Indian journal of veterinary science and animal husbandry - Volumes 28-29, 1958-1959
Year: 1958
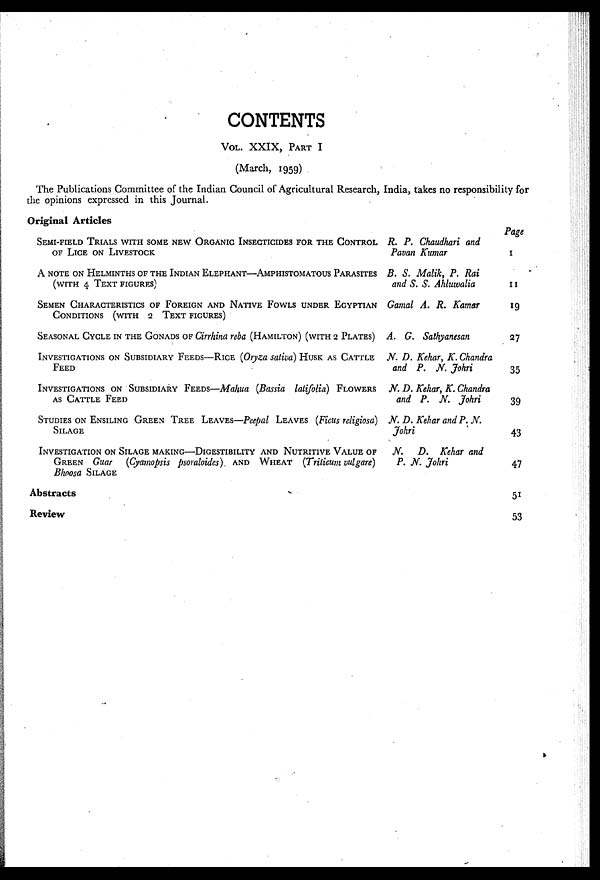
CONTENTS
VOL. XXIX, PART I
(March, 1959)
The Publications Committee of the Indian Council of Agricultural Research, India, takes no responsibility for
the opinions expressed in this Journal.
Original Articles
SEMI-FIELD TRIALS WITH SOME NEW ORGANIC INSECTICIDES FOR THE CONTROL
OF LICE ON LIVESTOCK
A NOTE ON HELMINTHS OF THE INDIAN ELEPHANT-AMPHISTOMATOUS PARASITES
(WITH 4 TEXT FIGURES)
SEMEN CHARACTERISTICS OF FOREIGN AND NATIVE FOWLS UNDER EGYPTIAN
CONDITIONS (WITH 2 TEXT FIGURES)
SEASONAL CYCLE IN THE GONADS OF Cirrhina reba (HAMILTON) (WITH 2 PLATES)
INVESTIGATIONS ON SUBSIDIARY FEEDS-RICE (Oryza sativa) HUSK AS CATTLE
FEED
INVESTIGATIONS ON SUBSIDIARY FEEDS-Mahua (Bassia latifolia) FLOWERS
AS CATTLE FEED
STUDIES ON ENSILING GREEN TREE LEAVES-Peepal LEAVES (Ficus religiosa)
SILAGE
INVESTIGATION ON SILAGE MAKING-DIGESTIBILITY AND NUTRITIVE VALUE OF
GREEN Guar (Cyamopsis psoraloides). AND WHEAT (Triticum vulgare)
Bhoosa SILAGE
Abstracts
Review
R. P. Chaudhari and
Pavan Kumar
B. S. Malik, P. Rai
and S. S. Ahluwalia
Camal A. R. Kamar
A. G. Sathyanesan
N. D. Kehar, K. Chandra
and P. N. Johri
N. D. Kehar, K. Chandra
and P. N. Johri
N.D. Kehar and P.N.
Johri
N.
D. Kehar and
P. N. Johri
Page
1
11
19
27
35
39
43
47
51
53